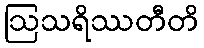
ဩသရိဿတီတိ